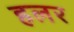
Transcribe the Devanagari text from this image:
हलर